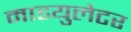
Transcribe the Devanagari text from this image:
माडयुलेटर